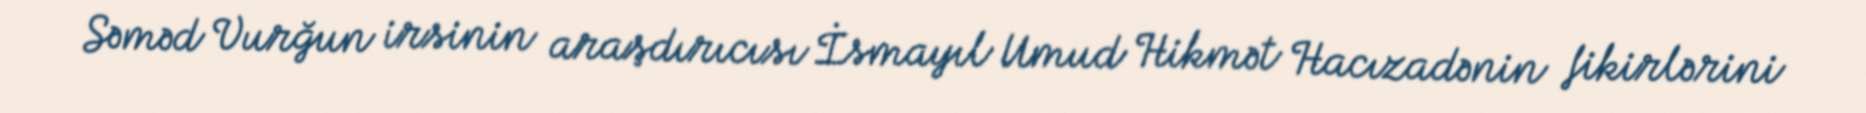
Səməd Vurğun irsinin araşdırıcısı İsmayıl Umud Hikmət Hacızadənin fikirlərini